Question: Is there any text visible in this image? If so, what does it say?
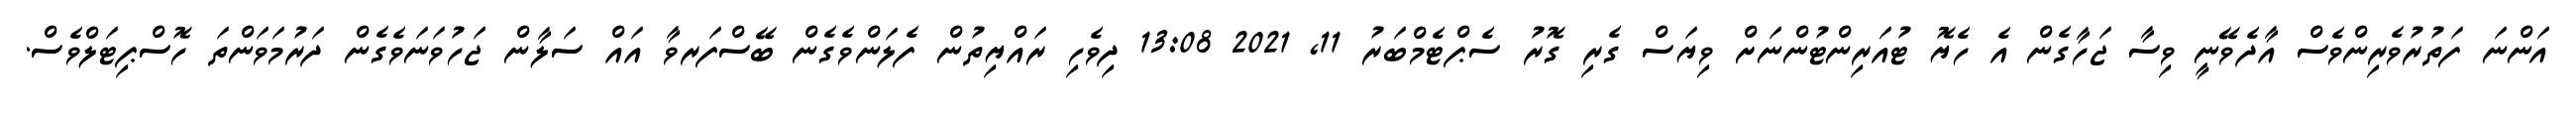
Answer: އަންނަ ފަތުރުވެރިންވެސް އާދެވޭނީ ވިސާ ޖަހާގެން އެ ހެޔޮ ޓުއަރިންޓުންނަށް ވިޔަސް ގެރި ގޮރު ސެޕްޓެމްބަރު 11, 2021 13:08 ދިވެހި ރައްޔިތުން ފެލަންވެގެން ބޭސްފަރވާ އައް ސަލާން ޖަހުވަނަވެގެން ދަރުމަވަންތަ ހޮސްޕިޓަލްވެސް.